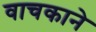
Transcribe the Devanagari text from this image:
वाचकाने